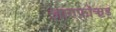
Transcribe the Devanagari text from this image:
शाण्फ़ॉऋड्